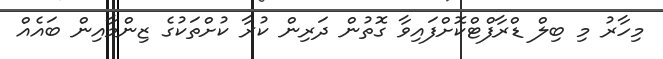
މިހާރު މި ބިލް ޑްރާފްޓްކޮށްފައިވާ ގޮތުން ދަރިން ކުރާ ކުށްތަކުގެ ޒިންމާއިން ބައެއް